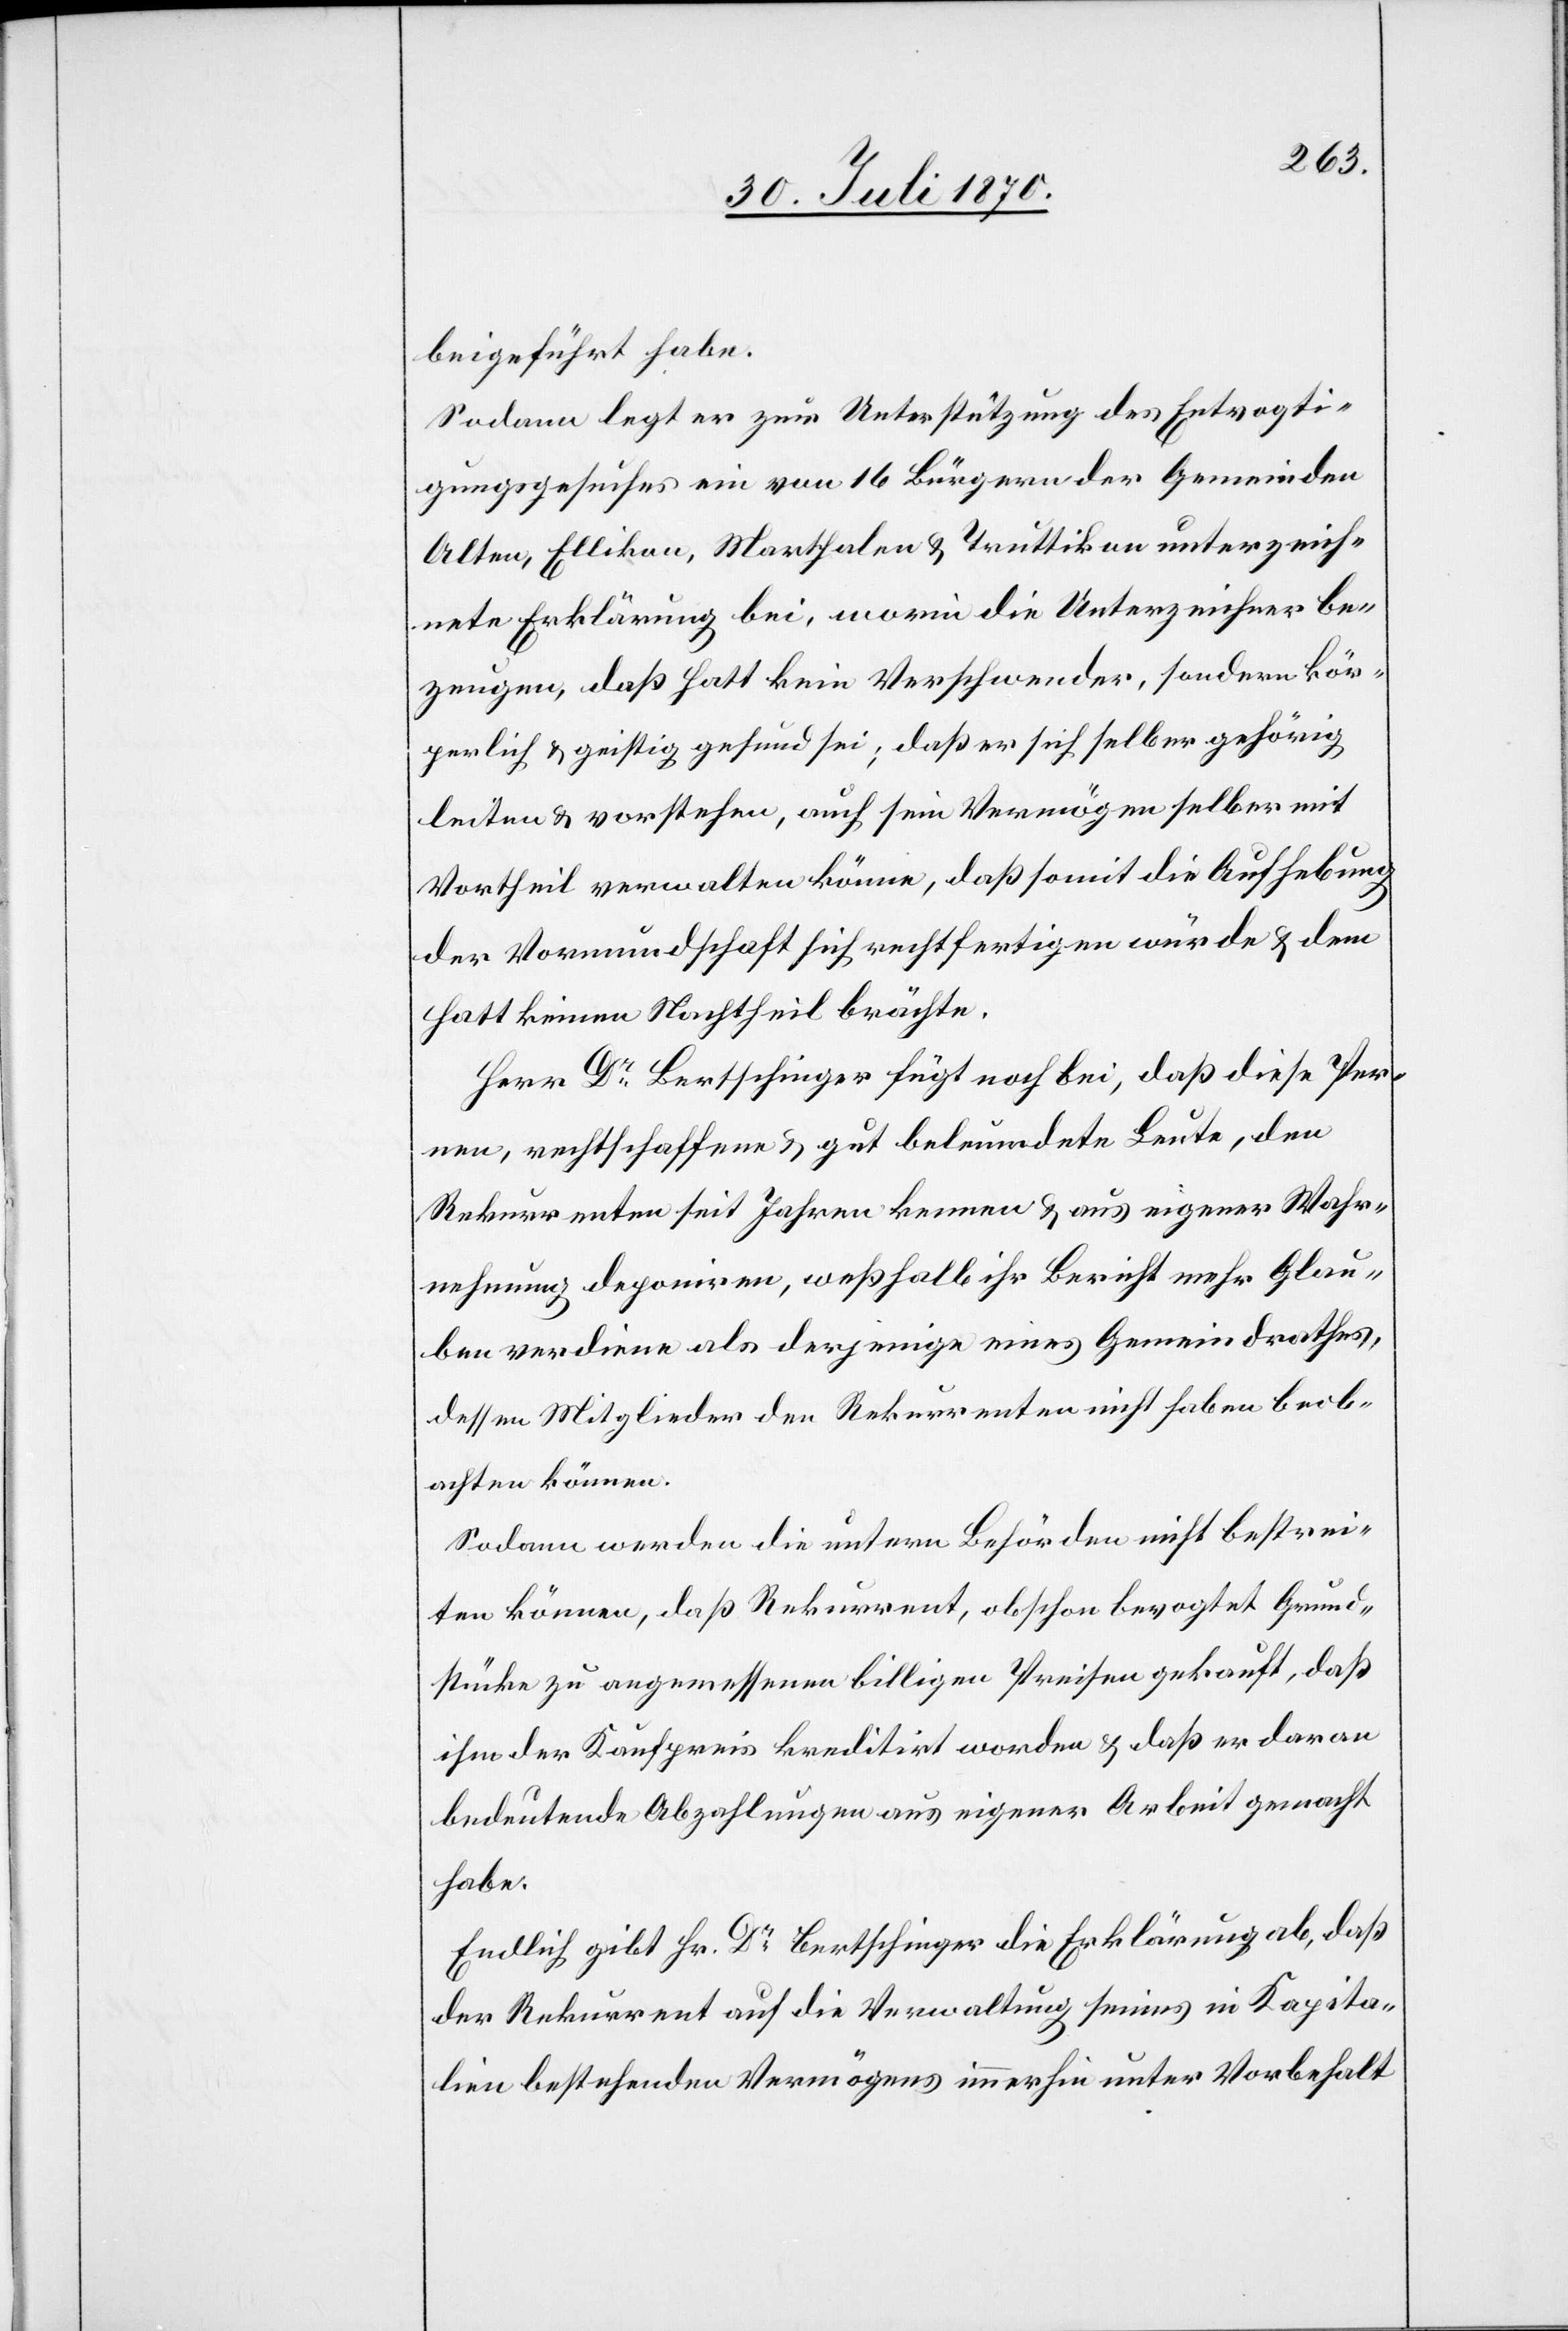
beigeführt habe.
Sodann legt er zur Unterstützung des Entvogti¬
gungsgesuches ein[e] von 16 Bürgern der Gemeinden
Alten, Ellikon, Marthalen & Truttikon unterzeich¬
nete Erklärung bei, worin die Unterzeichner be¬
zeugen, daß Hatt kein Verschwender, sondern kör¬
perlich & geistig gesund sei; daß er sich selber gehörig
leiten & vorstehen, auch sein Vermögen selber mit
Vortheil verwalten könne, daß somit die Aufhebung
der Vormundschaft sich rechtfertigen würde & dem
Hatt keinen Nachtheil brächte.
Herr Dr Bertschinger fügt noch bei, daß diese Per[s¬
o]nen, rechtschaffene & gut beleumdete Leute, den
Rekurrenten seit Jahren kennen & aus eigener Wahr¬
nehmung deponiren, weßhalb ihr Bericht mehr Glau¬
ben verdiene als derjenige eines Gemeindrathes,
dessen Mitglieder den Rekurrenten haben beob¬
achten können.
Sodann werden die untern Behörden nicht bestrei¬
ten können, daß Rekurrent, obschon bevogtet[,] Grund¬
stücke zu angemessenen billigen Preisen gekauft, daß
ihm der Kaufpreis kreditirt worden & daß er daran
bedeutenden Abzahlungen aus eigener Arbeit gemacht
habe.
Endlich gibt Hr. Dr Bertschinger die Erklärung ab, daß
der Rekurrent auf die Verwaltung seines in Kapita¬
lien bestehenden Vermögens immerhin unter Vorbehalt